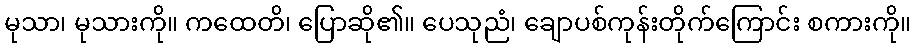
မုသာ၊ မုသားကို။ ကထေတိ၊ ပြောဆို၏။ ပေသုညံ၊ ချောပစ်ကုန်းတိုက်ကြောင်း စကားကို။